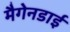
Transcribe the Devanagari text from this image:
मैगेनडाई